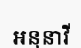
អនុនាវី